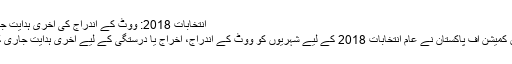
انتخابات 2018: ووٹ کے اندراج کی آخری ہدایت جاری -
الیکشن کمیشن آف پاکستان نے عام انتخابات 2018 کے لیے شہریوں کو ووٹ کے اندراج، اخراج یا درستگی کے لیے آخری ہدایت جاری کردی۔